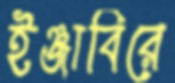
ইঞ্জাবিরে